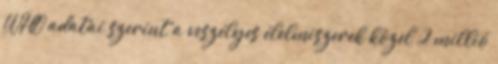
WHO adatai szerint a veszélyes élelmiszerek közel 2 millió